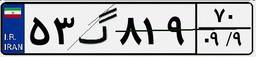
۵۳گ۸۱۹۷۰